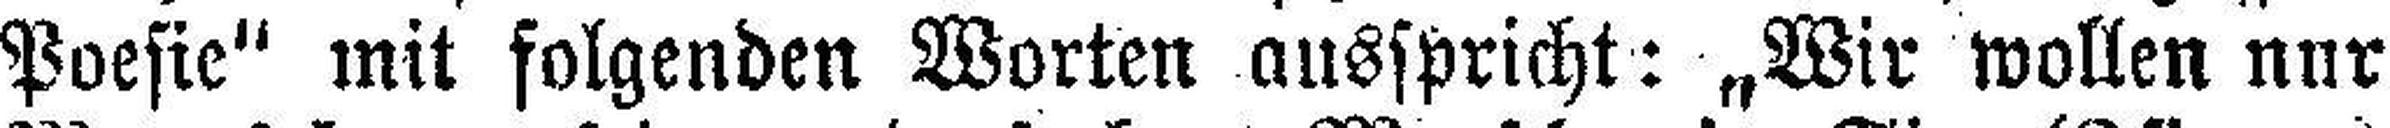
Poesie" mit folgenden Worten ausspricht : „Wir wollen nur